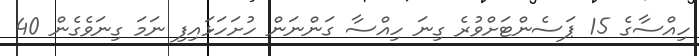
ހިއްސާގެ 15 ޕަސެންޓަށްވުރެ ގިނަ ހިއްސާ ގަންނަން ހުށަހަޅައިފި ނަމަ ގިނަވެގެން 40